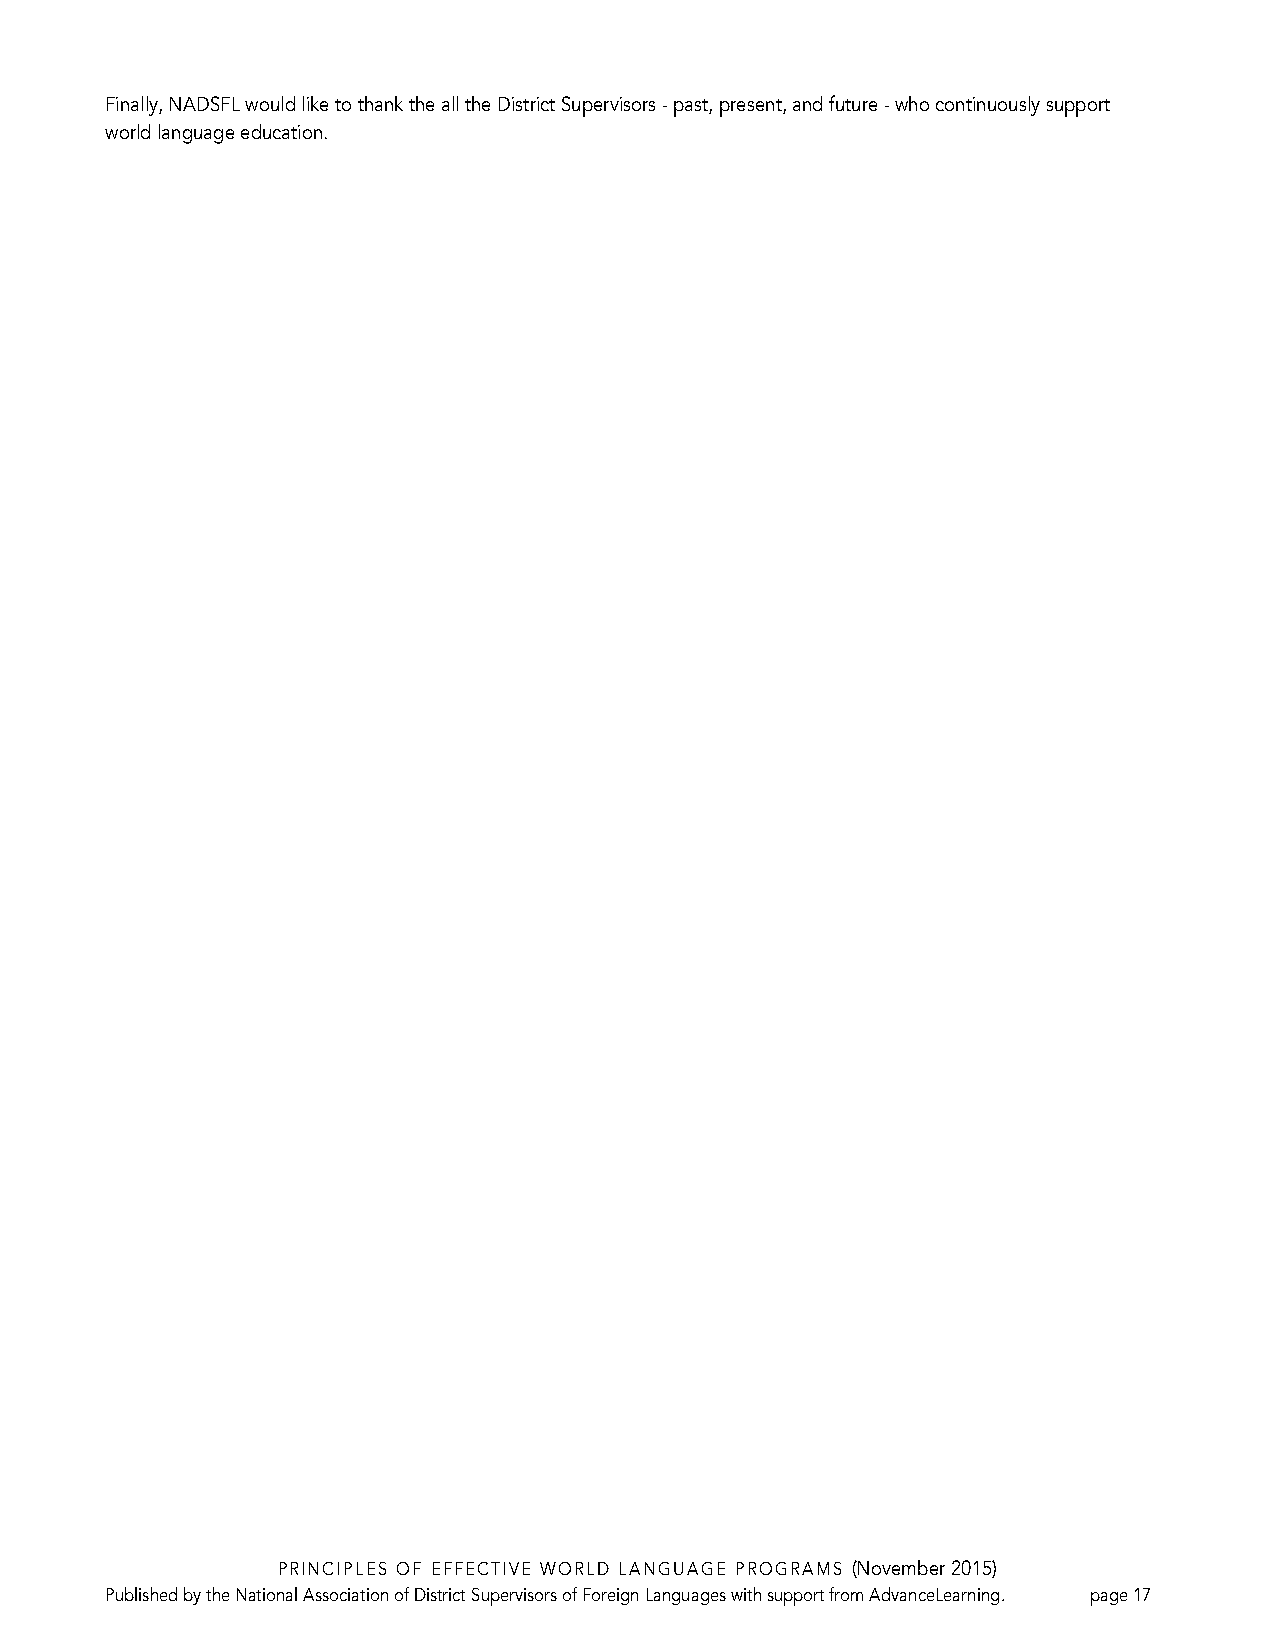
Finally, NADSFL would like to thank the all the District Supervisors - past, present, and future - who continuously support
 world language education.
 PRINCIPLES OF EFFECTIVE WORLD LANGUAGE PROGRAMS (November 2015)
 Published by the National Association of District Supervisors of Foreign Languages with support from AdvanceLearning. page 17